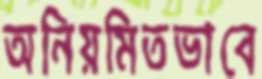
অনিয়মিতভাবে